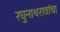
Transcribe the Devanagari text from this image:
रघुनाथरावांचा